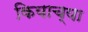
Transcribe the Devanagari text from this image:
कियाच्या